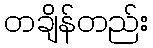
တချိန်တည်း